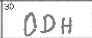
Transcription: ODH